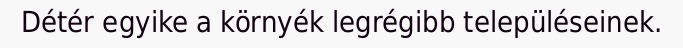
Détér egyike a környék legrégibb településeinek.